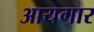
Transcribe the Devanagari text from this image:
आयगार